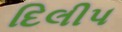
દિલીપ